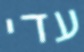
עדי